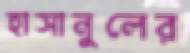
হাসানুলের